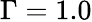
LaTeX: \Gamma=1.0